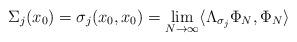
LaTeX: \begin{align*}\Sigma_j(x_0)=\sigma_j(x_0,x_0)=\lim_{N\to\infty}\langle \Lambda_{\sigma_j}\Phi_N,\Phi_N\rangle\end{align*}